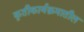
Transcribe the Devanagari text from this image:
कृतीकार्यक्रमातील